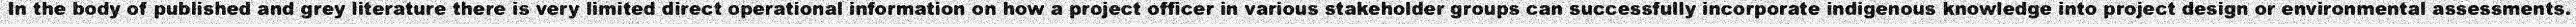
In the body of published and grey literature there is very limited direct operational information on how a project officer in various stakeholder groups can successfully incorporate indigenous knowledge into project design or environmental assessments.